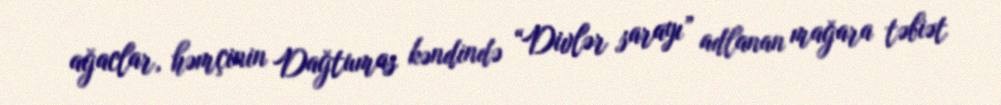
ağaclar, həmçinin Dağtumas kəndində “Divlər sarayı” adlanan mağara təbiət